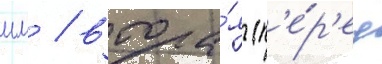
мм / втора́я (п'е́р'ед